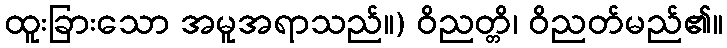
ထူးခြားသော အမူအရာသည်။) ဝိညတ္တိ၊ ဝိညတ်မည်၏။